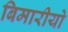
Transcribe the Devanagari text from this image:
बिमारीयो